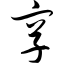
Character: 享